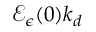
\mathcal { E } _ { \epsilon } ( 0 ) k _ { d }